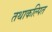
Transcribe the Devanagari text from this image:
तथाकल्पित